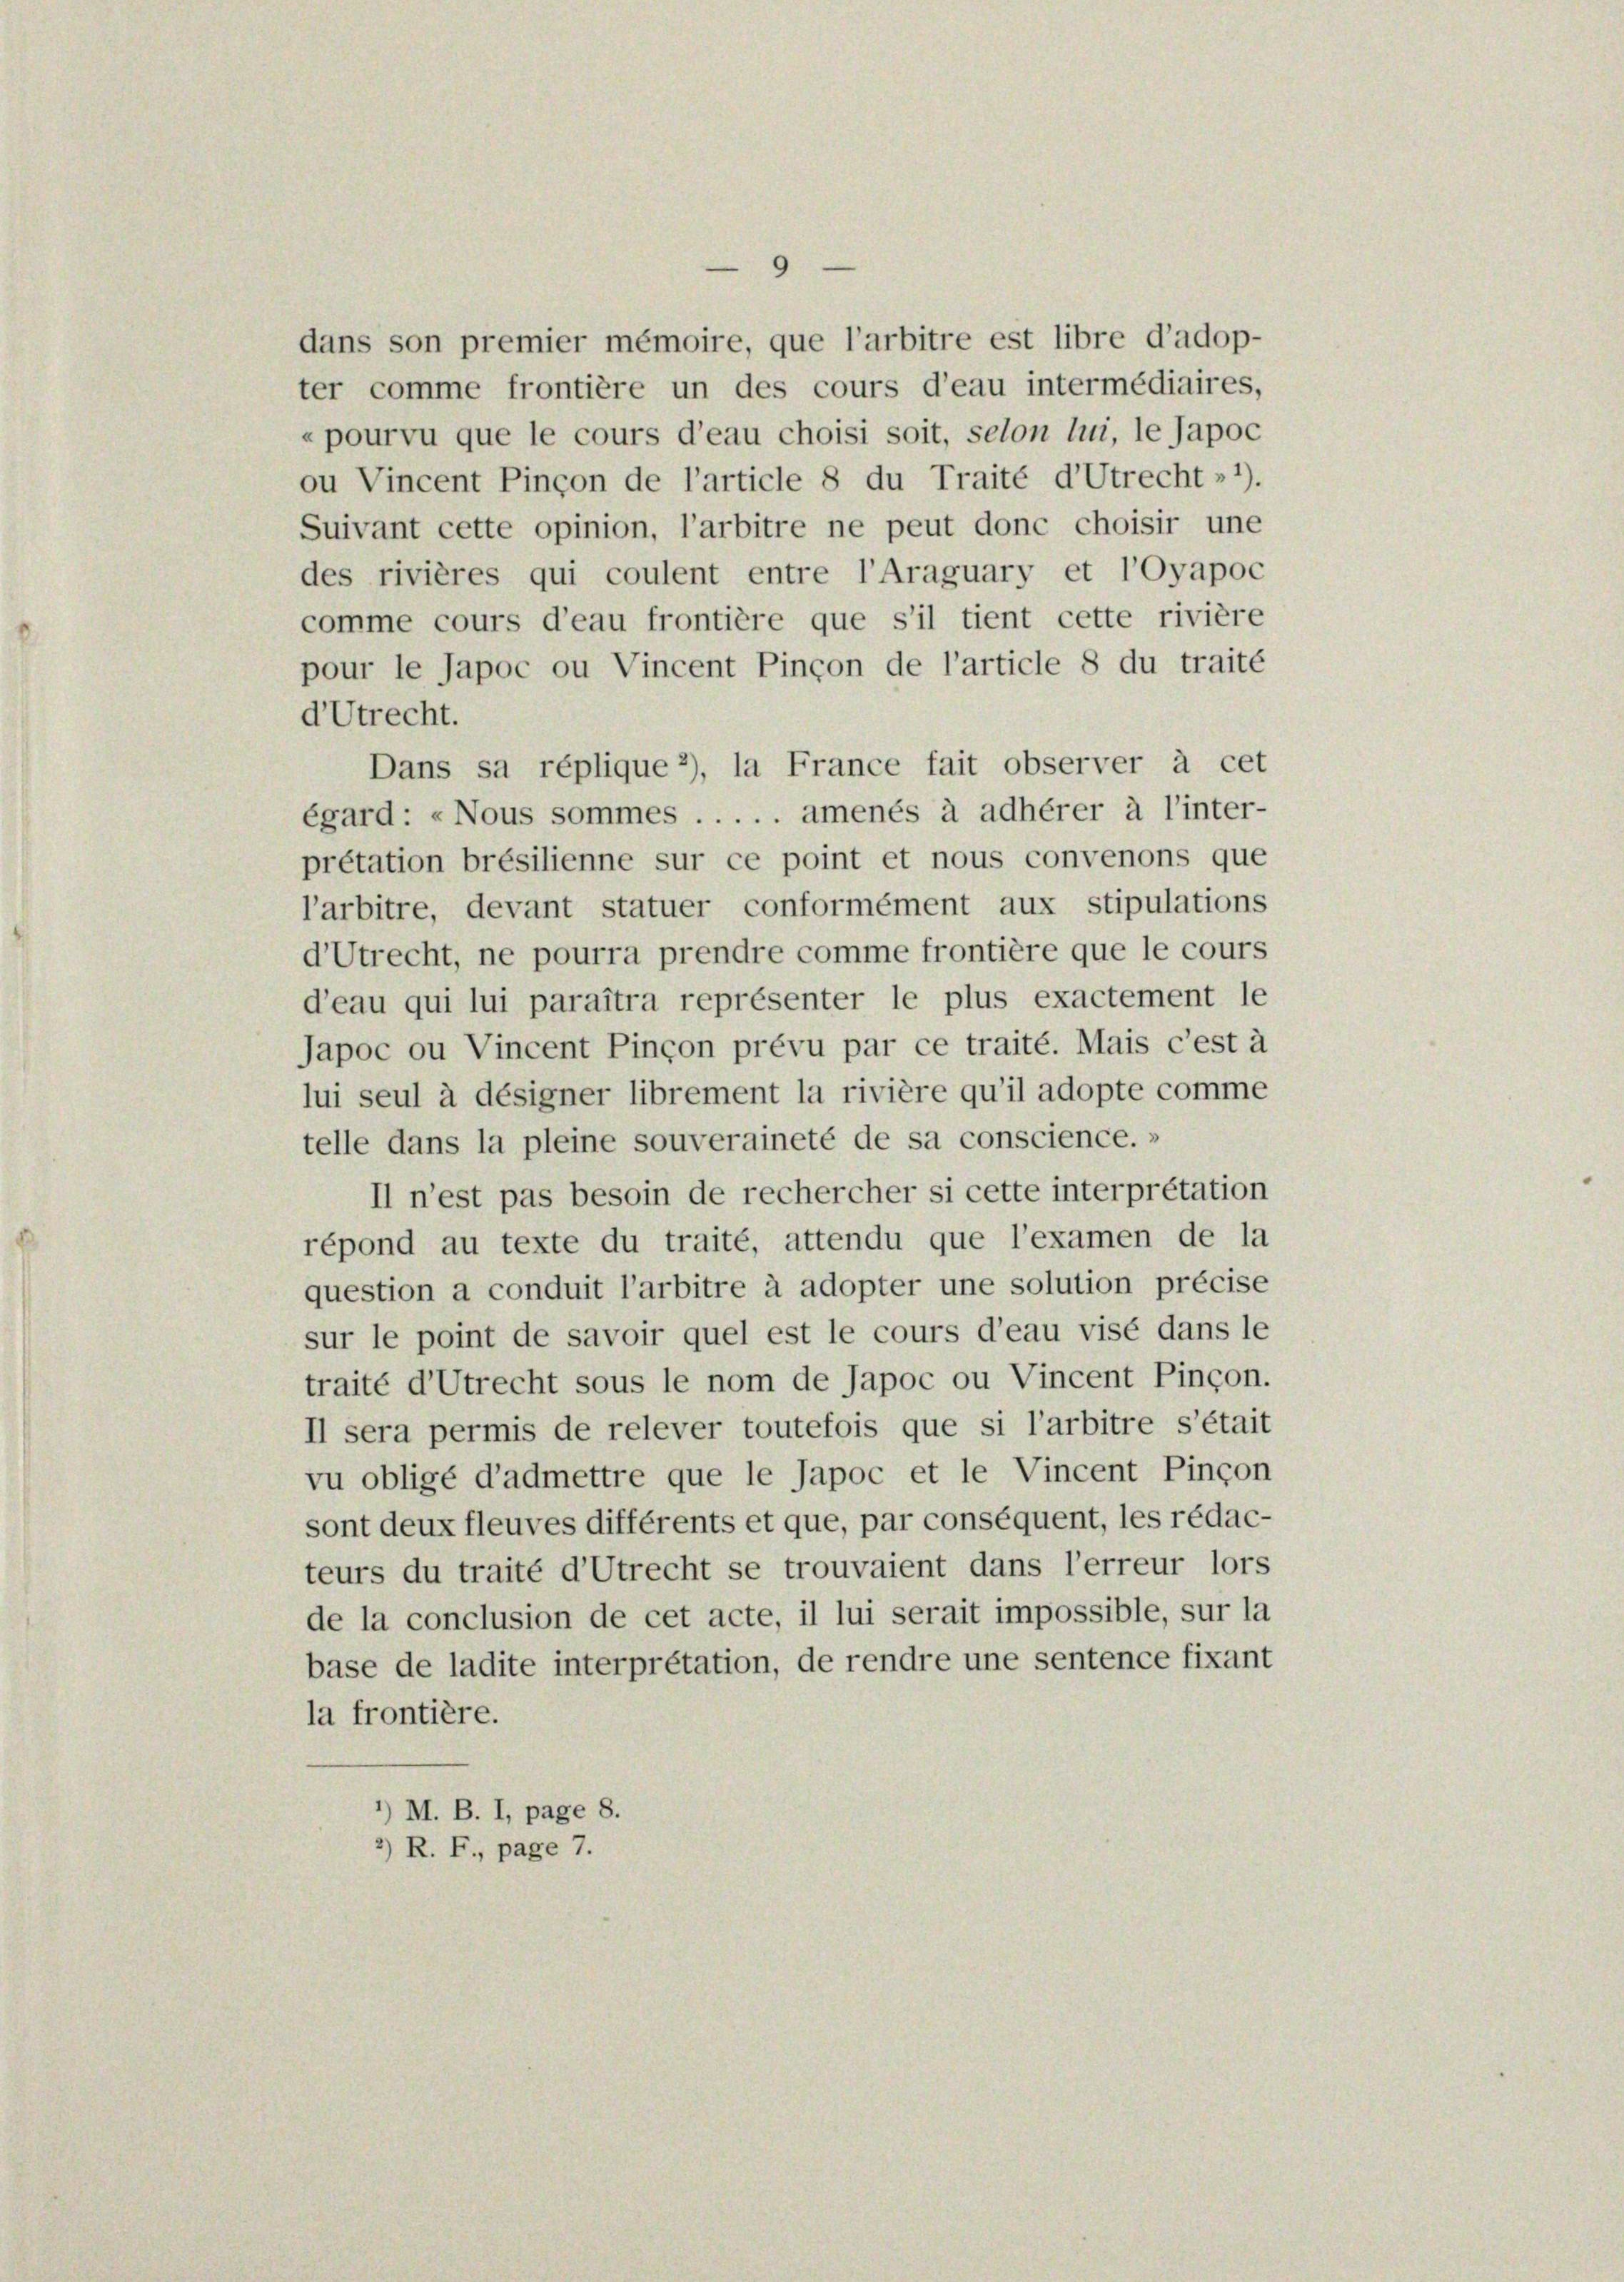
9
dans son premier mémoire, que l’arbitre est libre d’adop-
ter comme frontière un des cours d’eau intermédiaires,
«pourvu que le cours d’eau choisi soit, selon lui, le Japoc
ou Vincent Pinçon de l’article 8 du Traité d’Utrecht» 1).
Suivant cette opinion, l’arbitre ne peut donc choisir une
des rivières qui coulent entre l’Araguary et l’oyapoc
comme cours d’eau frontière que s’il tient cette rivière
pour le Japoc ou Vincent Pinçon de l’article 8 du traité
dUtrecht.
Dans sa réplique 2), la France fait observer à cet
égard: «Nous sommes . . . . . amenés à adhérer à l’inter-
prétation brésilienne sur ce point et nous convenons que
l’arbitre, devant statuer conformément aux stipulations
d’Utrecht, ne pourra prendre comme frontière que le cours
d’eau qui lui paraîtra représenter le plus exactement le
Japoc ou Vincent Pinçon prévu par ce traité. Mais c’est à
lui seul à désigner librement la rivière qu’il adopte comme
telle dans la pleine souveraineté de sa conscience.»
Il n’est pas besoin de rechercher si cette interpretation
répond au texte du traité, attendu que l’examen de la
question a conduit l’arbitre à adopter une solution précise
sur le point de savoir quel est le cours d’eau visé dans le
traité d’Utrecht sous le nom de Japoc ou Vincent Pinçon.
Il sera permis de relever toutefois que si l’arbitre s’était
vu obligé d’admettre que le Japoc et le Vincent Pinçon
sont deux fleuves différents et que, par conséquent, les rédac-
teurs du traité d’Utrecht se trouvaient dans l’erreur lors
de la conclusion de cet acte, il lui serait impossible, sur la
base de ladite interpretation, de rendre une sentence fixant
la frontière.
’) M. B. I, page 8.
2) R. F., page 7.